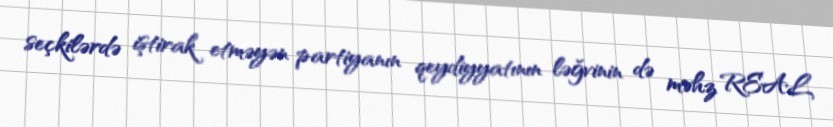
seçkilərdə iştirak etməyən partiyanın qeydiyyatının ləğvinin də məhz REAL